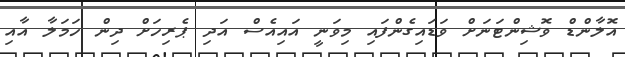
އޮލާންޑް ވޮޝިންޓަނަށް ވަޑައިގެންފައި މިވަނީ އައިއެސް އަދި ޕެރިހަށް ދިން ހަމަލާ އާއި